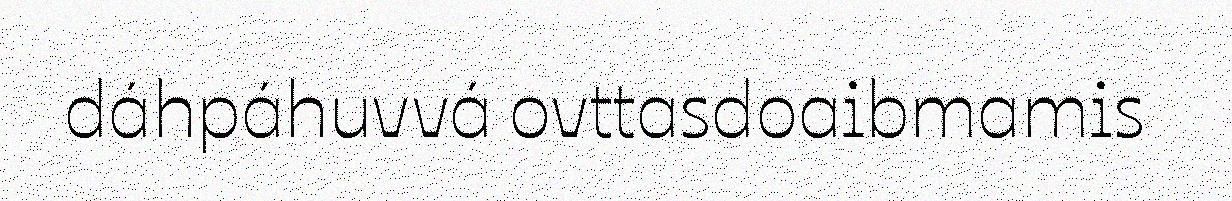
dáhpáhuvvá ovttasdoaibmamis